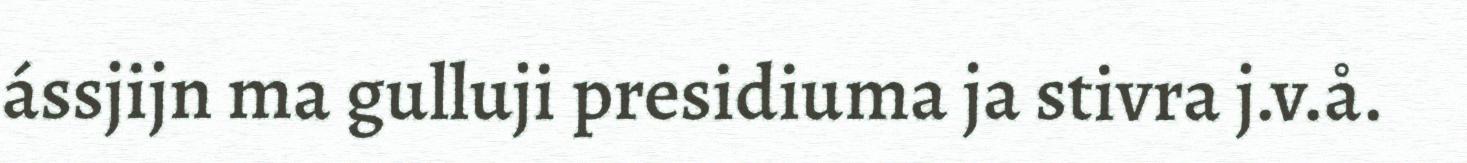
ássjijn ma gulluji presidiuma ja stivra j.v.å.